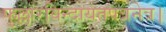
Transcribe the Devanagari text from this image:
फुल्लारविन्दायतपत्रनेत्र।